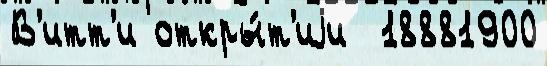
В'итт'и откры́т'иjи  18881900